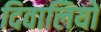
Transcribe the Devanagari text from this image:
दिवालियों